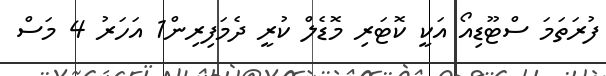
ފުރަތަމަ ސްޓޫޑިއޯ އަކީ ކޮޓަރި މޮޑެލް ކުރީ ދެމަފިރިން1 އަހަރު 4 މަސް